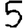
Digit: 5